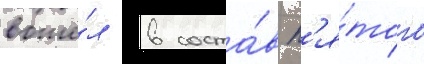
вошё́л в соста́в п'я́того